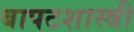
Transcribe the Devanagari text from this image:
बापटशास्त्री